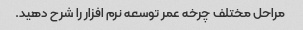
مراحل مختلف چرخه عمر توسعه نرم افزار را شرح دهید.